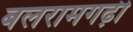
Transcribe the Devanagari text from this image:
बलरामगढ़ी